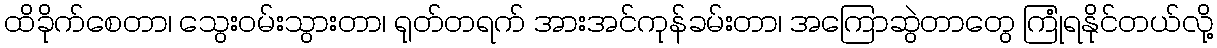
ထိခိုက်စေတာ၊ သွေးဝမ်းသွားတာ၊ ရုတ်တရက် အားအင်ကုန်ခမ်းတာ၊ အကြောဆွဲတာတွေ ကြုံရနိုင်တယ်လို့